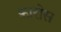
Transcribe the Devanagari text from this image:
फ़ारोस